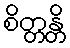
စိတ္တန္တိ